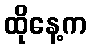
ထိုနေ့က